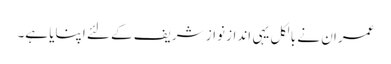
عمران نے بالکل یہی انداز نواز شریف کے لئے اپنایا ہے۔